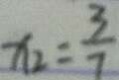
x _ { 2 } = \frac { 3 } { 7 }